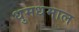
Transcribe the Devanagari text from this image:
धुमधमाल